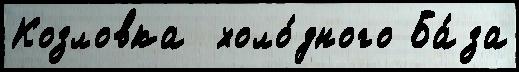
Козловка  холо́дного Ба́за